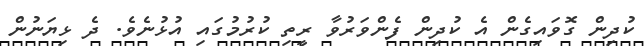
ކުދިން ގޮވައިގެން އެ ކުދިން ފެންވަރުވާ ރީތި ކުރުމުގައި އުޅުނެވެ. ދެ ޅިޔަނުން